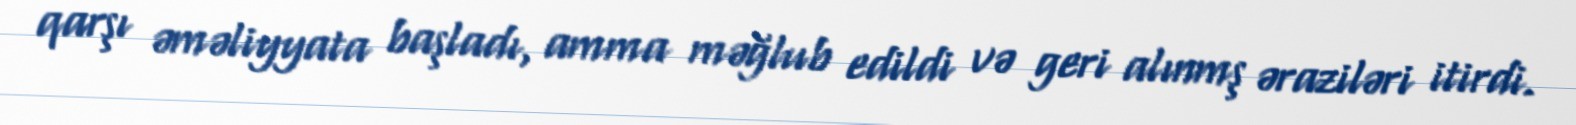
qarşı əməliyyata başladı, amma məğlub edildi və geri alınmş əraziləri itirdi.